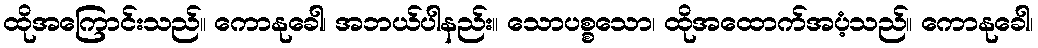
ထိုအကြောင်းသည်။ ကောနုခေါ၊ အဘယ်ပါနည်း။ သောပစ္စသော၊ ထိုအထောက်အပံ့သည်။ ကောနုခေါ၊